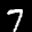
Label: 7